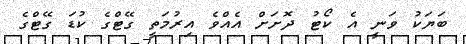
ބަޔަކު ވަނީ އެ ކޯޓު ދޮށަށް އެއްވެ އިރުމަތީ ގޭޓްގެ ކުޑަ ގޭޓްގެ